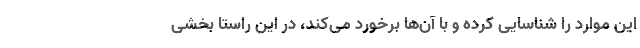
این موارد را شناسایی کرده و با آن‌ها برخورد می‌کند، در این راستا بخشی